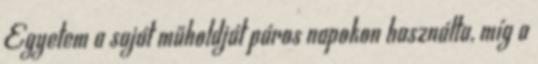
Egyetem a saját műholdját páros napokon használta, míg a